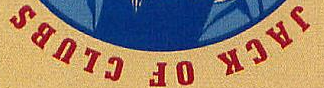
JACK OF CLUBS